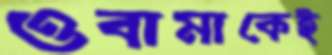
ওবামাকেই